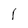
Character: l